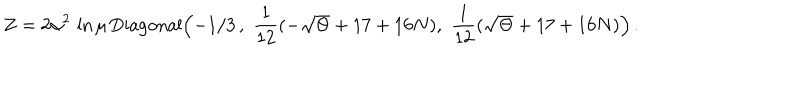
Z = 2 \alpha ^ { 2 } \, \ln \mu \, \mathrm { D i a g o n a l } \Bigl ( - 1 / 3 \, , \, \, \frac { 1 } { 1 2 } ( - \sqrt \Theta + 1 7 + 1 6 N ) , \, \, \frac { 1 } { 1 2 } ( \sqrt \Theta + 1 7 + 1 6 N ) \Bigr ) \, .